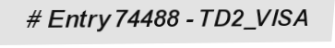
# Entry 74488 - TD2_VISA